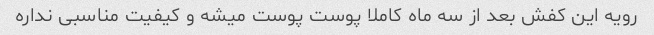
رویه این کفش بعد از سه ماه کاملا پوست پوست میشه و کیفیت مناسبی نداره